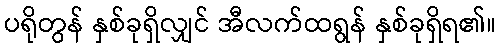
ပရိုတွန် နှစ်ခုရှိလျှင် အီလက်ထရွန် နှစ်ခုရှိရ၏။